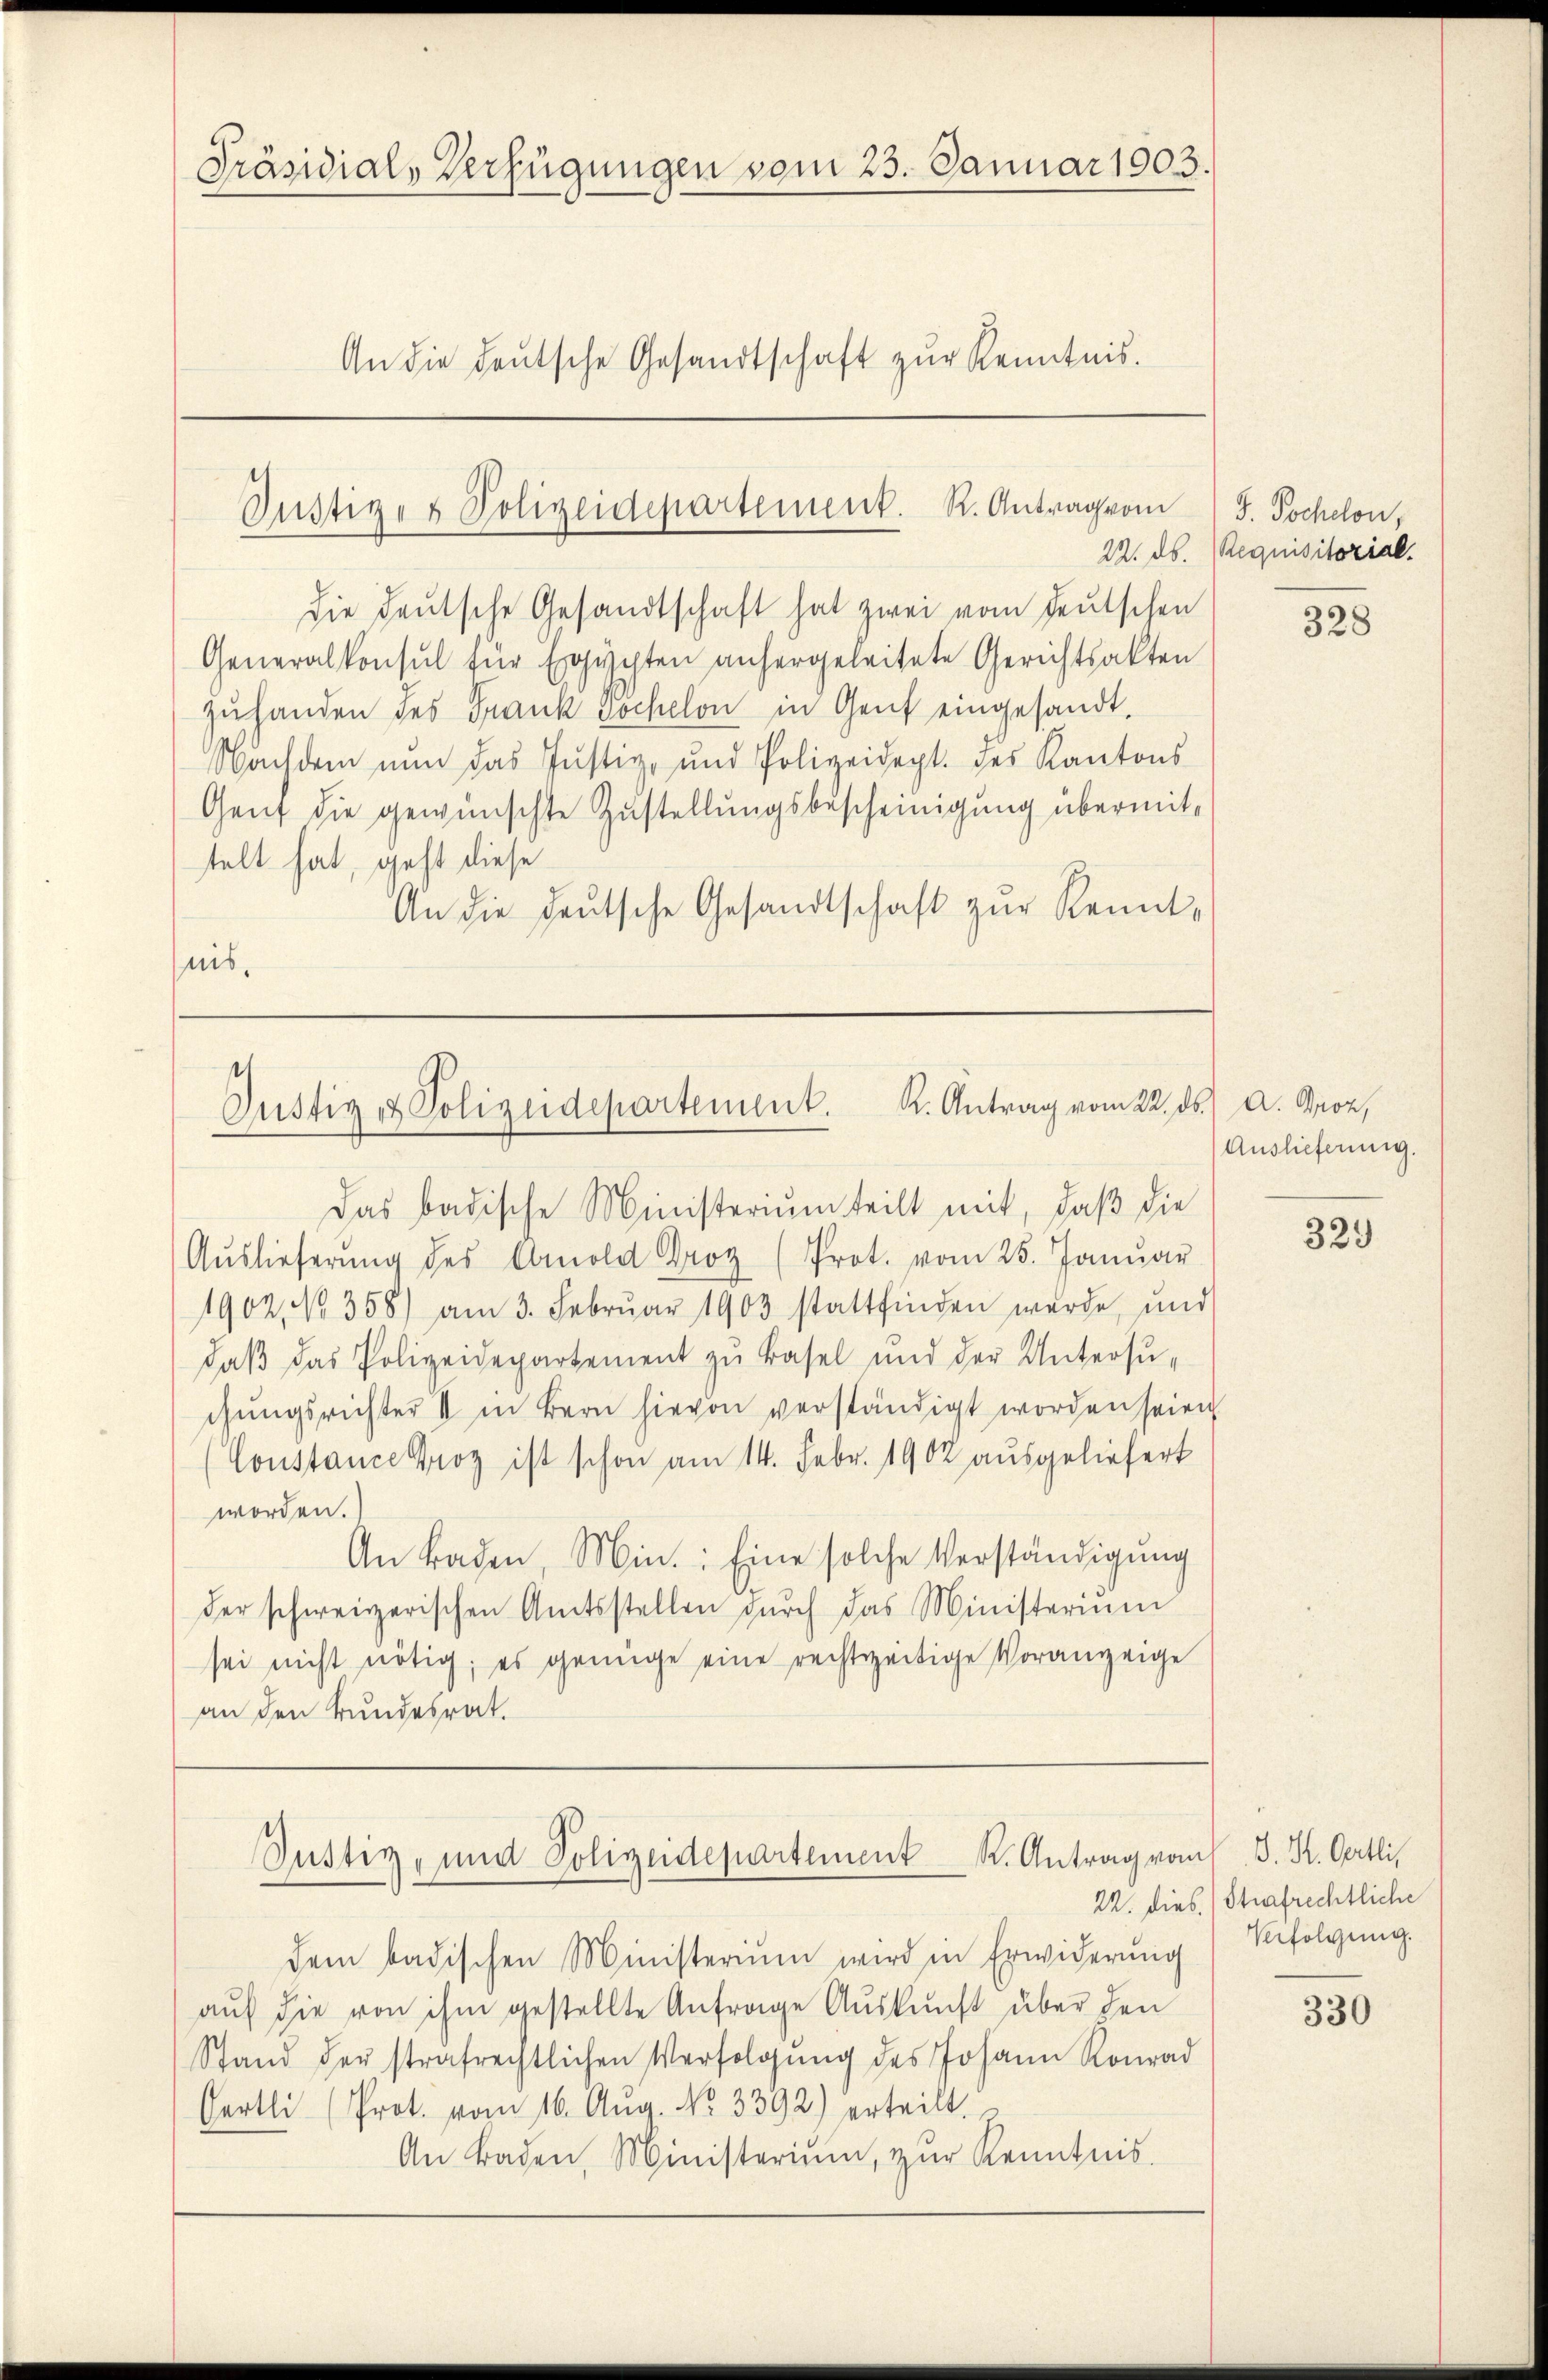
Präsidial-Verfügungen vom 23. Januar 1903.
An die deutsche Gesandtschaft zŭr Kenntnis.

Justiz- & Polizeidepartement. R. Antrag vom
22. ds.

die deutsche Gesandtschaft hat zwei vom deutschen
Generalkonsul für Erichten anhergeleitete Gerichtsakten
zuhanden des Frank Jochelon in Genf eingesandt.
Nachdem nun das Justiz- und Polizeidept. des Kantons
Gent die gewünschte Zustellungsbescheinigung übermitstelt hat, geht diese
An die deutsche Gesandtschaft zur Renntnis.

Justiz & Polizeidepartement. K. Antrag vom 22. ds. A. Boz,
Das badische Ministerium teilt mit, daß die

Aŭslieferŭng des Obmold Droz (Prot. vom 25. Janŭar
1902, No. 358) am 3. Februar 1903 stattfinden wurde, und
daβ das Polizeidepartement zu Basel und der Untersŭ-
chungsrichter V in Bern hievon verständigt worden seien
Constance Proz ist schon am 14. Febr. 1902 ausgeliefert
worden.
An Baden, Min.: Eine solche Verständigung
der schweizerischen Amtsstellen dŭrch das Ministerium
sei nicht nötig; es genüge eine rechtszeitige Voranzeige
an den Bundesrat.

Justiz, und Polizeidepartement K. Antrag vom J. K. Oertli,

J. Tochclon,
Requisitorial.

dem badischen Ministerium wird in Erwiderung
auf die von ihm gestellte Anfrage Auskunft über den
Stand der strafrechtlichen Verfolgŭng des Johann Konrad
Hertli (Prot. vom 16. Aug. No. 3392) erteilt.
An Baden, Ministerium, zŭr Kenntnis.

328

Auslieferung.

329

22. dies Strafrechtliche
Verfolgung.

330